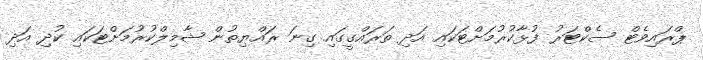
ޕްރައިވެޓް ސެކްޓަރު ފުޅާކުރުމަށްޓަކައި އަދި ތަރައްގީގައި ގިނަ ރައްޔިތުން ޝާމިލްކުރުމަށްޓަކައި ކުދި އަދި